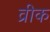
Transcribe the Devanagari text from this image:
व्रीक